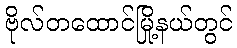
ဗိုလ်တထောင်မြို့နယ်တွင်